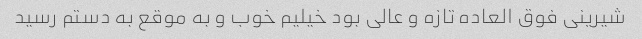
شیرینی فوق العاده تازه و عالی بود خیلیم خوب و به موقع به دستم رسید